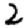
Digit: 2